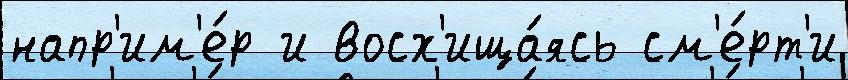
напр'им'е́р и восх'ища́ясь см'е́рт'и